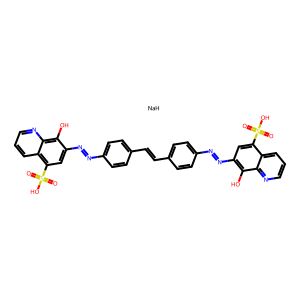
SMILES: O=S(=O)(O)c1cc(N=Nc2ccc(C=Cc3ccc(N=Nc4cc(S(=O)(=O)O)c5cccnc5c4O)cc3)cc2)c(O)c2ncccc12.[NaH]
Inhibits HIV replication: Yes